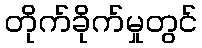
တိုက်ခိုက်မှုတွင်